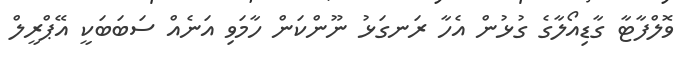
ވޮލްފާޓާ ގާޑިއޯލާގެ ގުޅުން އެހާ ރަނގަޅު ނޫންކަން ހާމަވި އަނެއް ސަބަބަކީ އޭޕްރީލް